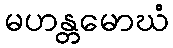
မဟန္တမောဃံ